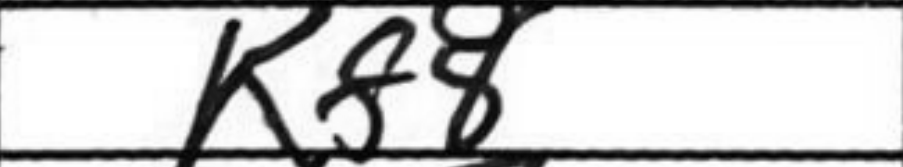
Transcription: Kf8